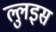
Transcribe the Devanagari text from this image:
ल्लुइस